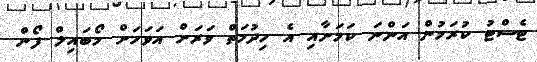
ޓެސްޓު ކުރަމުން އަންނަ ކަމަށާއި އެ ހިދުމަތް ވަރަށް އަވަހަށް މޯބައިލް ފޯން